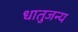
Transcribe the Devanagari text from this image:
धातुजन्य